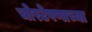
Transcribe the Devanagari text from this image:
चोरटेपणाच्या